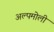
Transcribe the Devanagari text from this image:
अल्पमोली